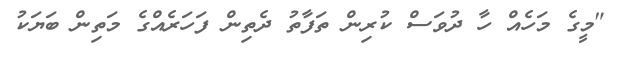
"މީގެ މަހެއް ހާ ދުވަސް ކުރިން ތަފާތު ދެތިން ފަހަރެއްގެ މަތިން ބަޔަކު